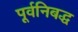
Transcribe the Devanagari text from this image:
पूर्वनिबद्ध